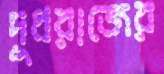
দুধরাজের